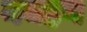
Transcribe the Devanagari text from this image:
नयहन